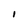
Character: I